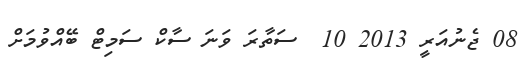
08 ޖެނުއަރީ 2013 10  ސަތާރަ ވަނަ ސާކް ސަމިޓް ބޭއްވުމަށް